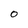
Character: O